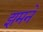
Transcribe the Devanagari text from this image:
झमने